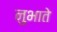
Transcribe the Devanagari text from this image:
नुभाते